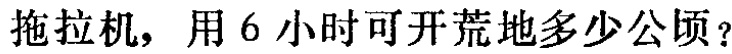
拖拉机，用6小时可开荒地多少公顷？